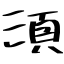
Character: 須